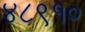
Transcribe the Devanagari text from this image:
४८९१०